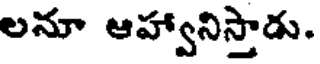
లనూ ఆహ్వానిస్తాడు.